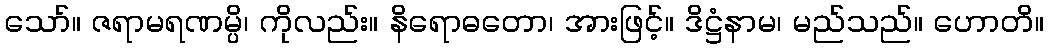
သော်။ ဇရာမရဏမ္ပိ၊ ကိုလည်း။ နိရောဓတော၊ အားဖြင့်။ ဒိဋ္ဌံနာမ၊ မည်သည်။ ဟောတိ။